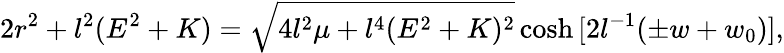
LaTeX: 2r^{2}+l^{2}(E^{2}+K)=\sqrt{4l^{2}\mu+l^{4}(E^{2}+K)^{2}}\cosh{[2l^{-1}(\pm w+w_{0})]},